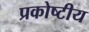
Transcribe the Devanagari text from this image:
प्रकोष्टीय